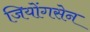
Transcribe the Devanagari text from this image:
जियोंगसेन